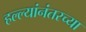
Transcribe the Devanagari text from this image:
हल्ल्यांनंतरच्या